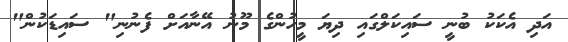
އަދި އެކަކު ބުނީ ސައިކަލްގައި ދިޔަ މީހުންގެ މޫނު އޭނާއަށް ފެނުނި" ސައިޑަކުން"